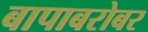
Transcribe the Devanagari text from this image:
बापाबरोबर